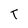
Character: t